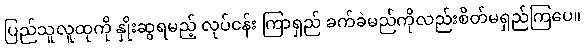
ပြည်သူလူထုကို နှိုးဆွရမည့် လုပ်ငန်း ကြာရှည် ခက်ခဲမည်ကိုလည်းစိတ်မရှည်ကြပေ။